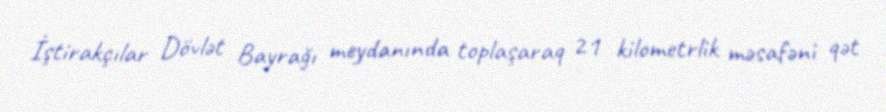
İştirakçılar Dövlət Bayrağı meydanında toplaşaraq 21 kilometrlik məsafəni qət